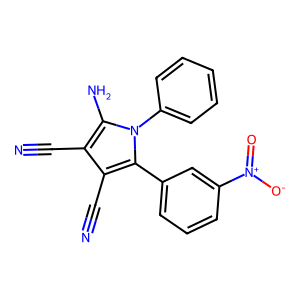
SMILES: N#Cc1c(C#N)c(-c2cccc([N+](=O)[O-])c2)n(-c2ccccc2)c1N
Inhibits HIV replication: No